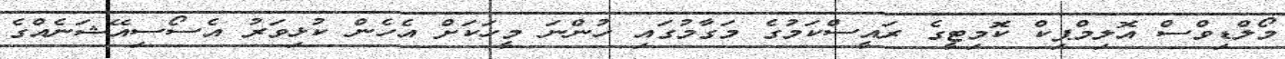
މޯލްޑިވްސް އޮލިމްޕިކް ކޮމިޓީގެ ރައީސްކަމުގެ މަގާމުގައި ހުންނަ މީހަކަށް އެހެން ކުޅިވަރު އެސޯސިއޭޝަނެއްގެ